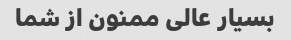
بسیار عالی ممنون از شما